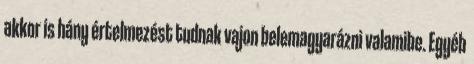
akkor is hány értelmezést tudnak vajon belemagyarázni valamibe. Egyéb